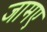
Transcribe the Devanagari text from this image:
जामए